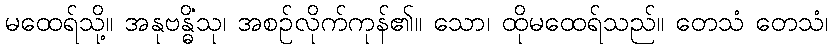
မထေရ်သို့။ အနုဗန္ဓိံသု၊ အစဉ်လိုက်ကုန်၏။ သော၊ ထိုမထေရ်သည်။ တေသံ တေသံ၊